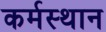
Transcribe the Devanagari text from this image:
कर्मस्थान